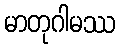
မာတုဂါမဿ